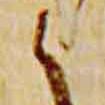
之